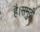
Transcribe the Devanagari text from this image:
है।समुद्री